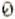
0